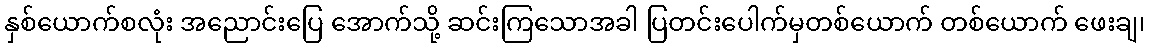
နှစ်ယောက်စလုံး အညောင်းပြေ အောက်သို့ ဆင်းကြသောအခါ ပြတင်းပေါက်မှတစ်ယောက် တစ်ယောက် ဖေးချ၊